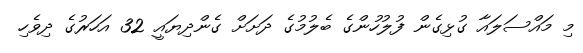
މި މައްސަލައާ ގުޅިގެން ފުލުހުންގެ ބެލުމުގެ ދަށަށް ގެންދިޔައީ 32 އަހަރުގެ ދިވެހި